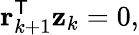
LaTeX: \mathbf{r}_{k+1}^{\mathsf{T}}\mathbf{z}_{k}=0,